Indian Medical Review
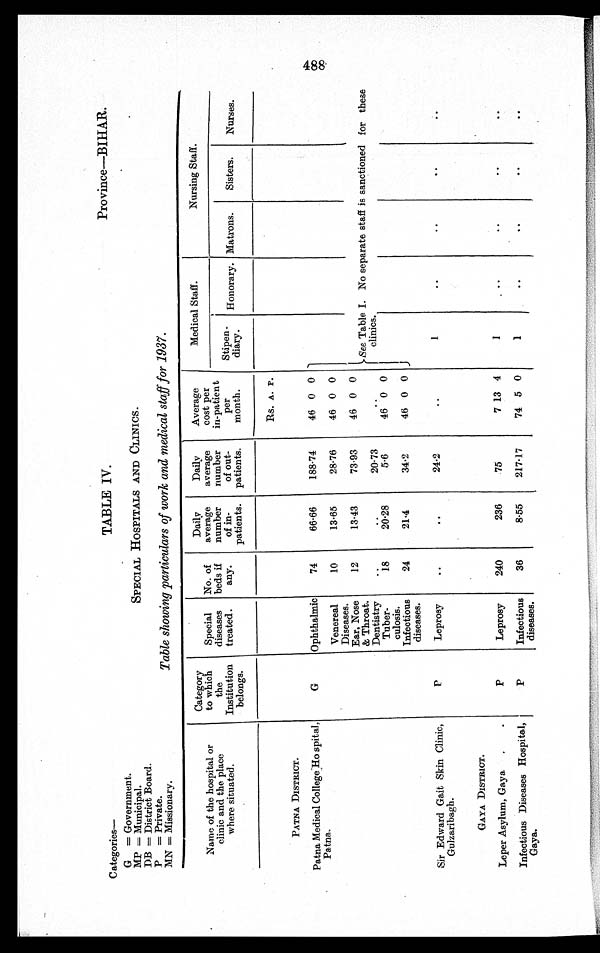
C ategories
—
G = Government.
MP = Municipal.
DB = District Board.
P= Private.
MN = Missionary.
TABLE IV.
Province—BIHAR.
SPECIAL HOSPITALS AND CLINICS.
Table showing particulars of work and medical staff for 1937.
Name of the hospital or
clinic and the place
where situated.
Category
to which
the
Institution
belongs.
Special
diseases
treated.
No. of
beds if
any.
Daily
average
number
of in-
patients.
Daily
average
number
of out-
patients.
Average
cost per
in-patient
per
month.
Medical Staff.
Nursing Staff.
Stipen-
diary.
Honorary. Matrons.
Sisters.
Nurses.
PATNA DISTRICT.
Rs. A. P.
Patna Medical College Hospital,
Patna.
G
Ophthalmic
74
66.66
188.74
46 0 0
Venereal
Diseases.
Ear, Nose
& Throat.
Dentistry
Tuber-
culosis.
Infectious
diseases.
10
13.65
28.76
46 0 0
12
13.43
73.93
46 0 0
See Table I. No separate staff is sanctioned for these
clinics.
..
. .
20.73
. .
18
20.28
5.6
46 0 0
24
21.4
34.2
46 0 0 J
Sir Edward Gait Skin Clinic,
Gulzaribagh.
P
Leprosy
..
..
24.2
..
1
..
..
..
. .
GAYA DISTRICT.
Leper Asylum, Gaya,
.
.
P
Leprosy
240
236
.75
7 13 4
1
. • •
..
..
..
Infectious Diseases Hospital,
Gaya.
I
P
Infectious
diseases.
36
8.55
217.17
74 5 0
1
..
..
..
. .